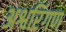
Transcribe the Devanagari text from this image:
अश्वरिंगण